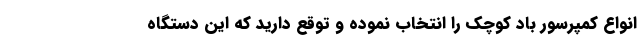
انواع کمپرسور باد کوچک را انتخاب نموده و توقع دارید که این دستگاه